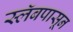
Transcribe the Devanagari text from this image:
स्लॅबपासून